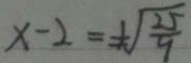
x - 2 = \pm \sqrt { \frac { 2 5 } { 9 } }